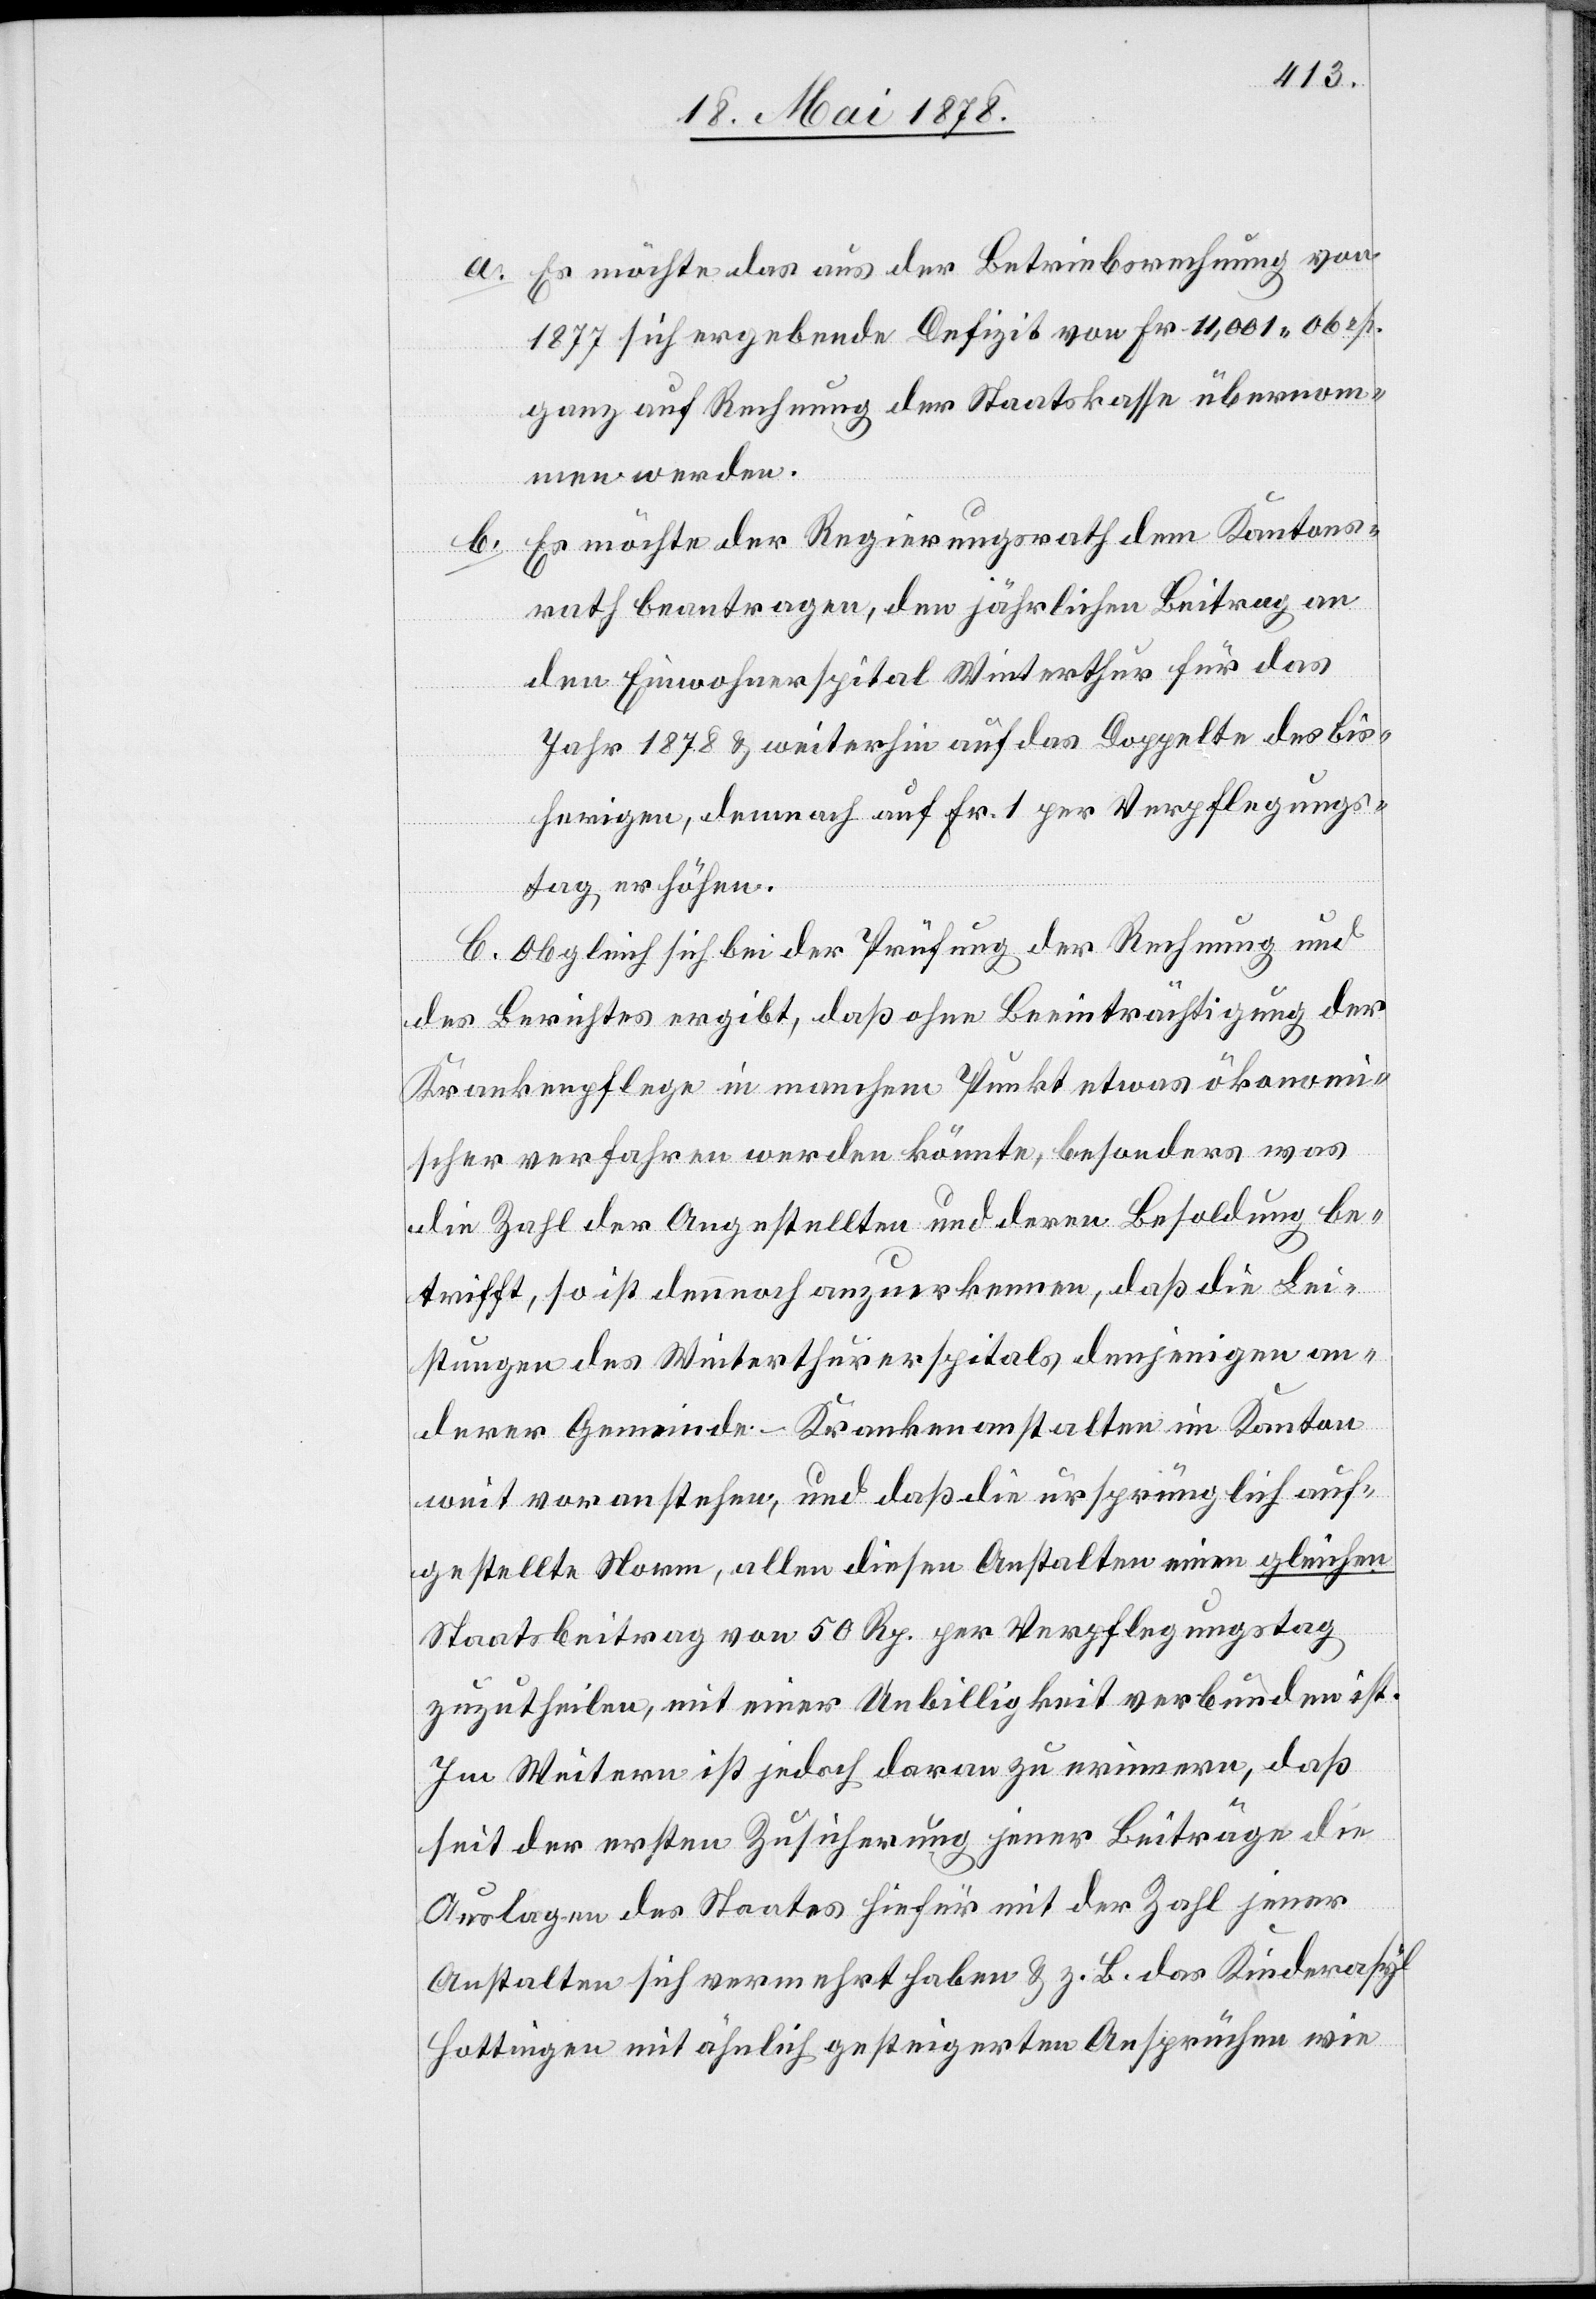
Es möchte das aus der Betriebsrechnung von
1877 sich ergebene Defizit von Fr. 11,001. 06 rp.
ganz auf Rechnung der Staatskasse übernom¬
men werden.
Es möchte der Regierungsrath dem Kantons¬
rath beantragen, den jährlichen Beitrag an
den Einwohnerspital Winterthur für das
Jahr 1878 & weiterhin auf das Doppelte des bis¬
herigen, demnach auf Fr. 1 per Verpflegungs¬
tag erhöhen.
C. Obgleich sich bei der Prüfung der Rechnung und
des Berichtes ergibt, daß ohne Beeinträchtigung der
Krankenpflege in manchem Punkt etwas ökonomi¬
scher verfahren werden könnte, besonders was
die Zahl der Angestellten und deren Besoldung be¬
trifft, so ist dennoch anzuerkennen, daß die Lei¬
stungen des Winterthurerspitals denjenigen an¬
derer Gemeinde-Krankenanstalten im Kanton
weit voranstehen, und daß die ursprünglich auf¬
gestellte Norm, allen diesen Anstalten einen gleichen
Staatsbeitrag von 50 Rp. per Verpflegungstag
zuzutheilen, mit einer Unbilligkeit verbunden ist.
Im Weitern ist jedoch daran zu erinnern, daß
seit der ersten Zusicherung jener Beiträge die
Auslagen des Staates hiefür mit der Zahl jener
Anstalten sich vermehrt haben z. B. das Kinderasyl
Hottingen mit ähnlich gesteigerten Ansprüchen wie